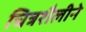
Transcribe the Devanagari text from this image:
चित्रशैलीने